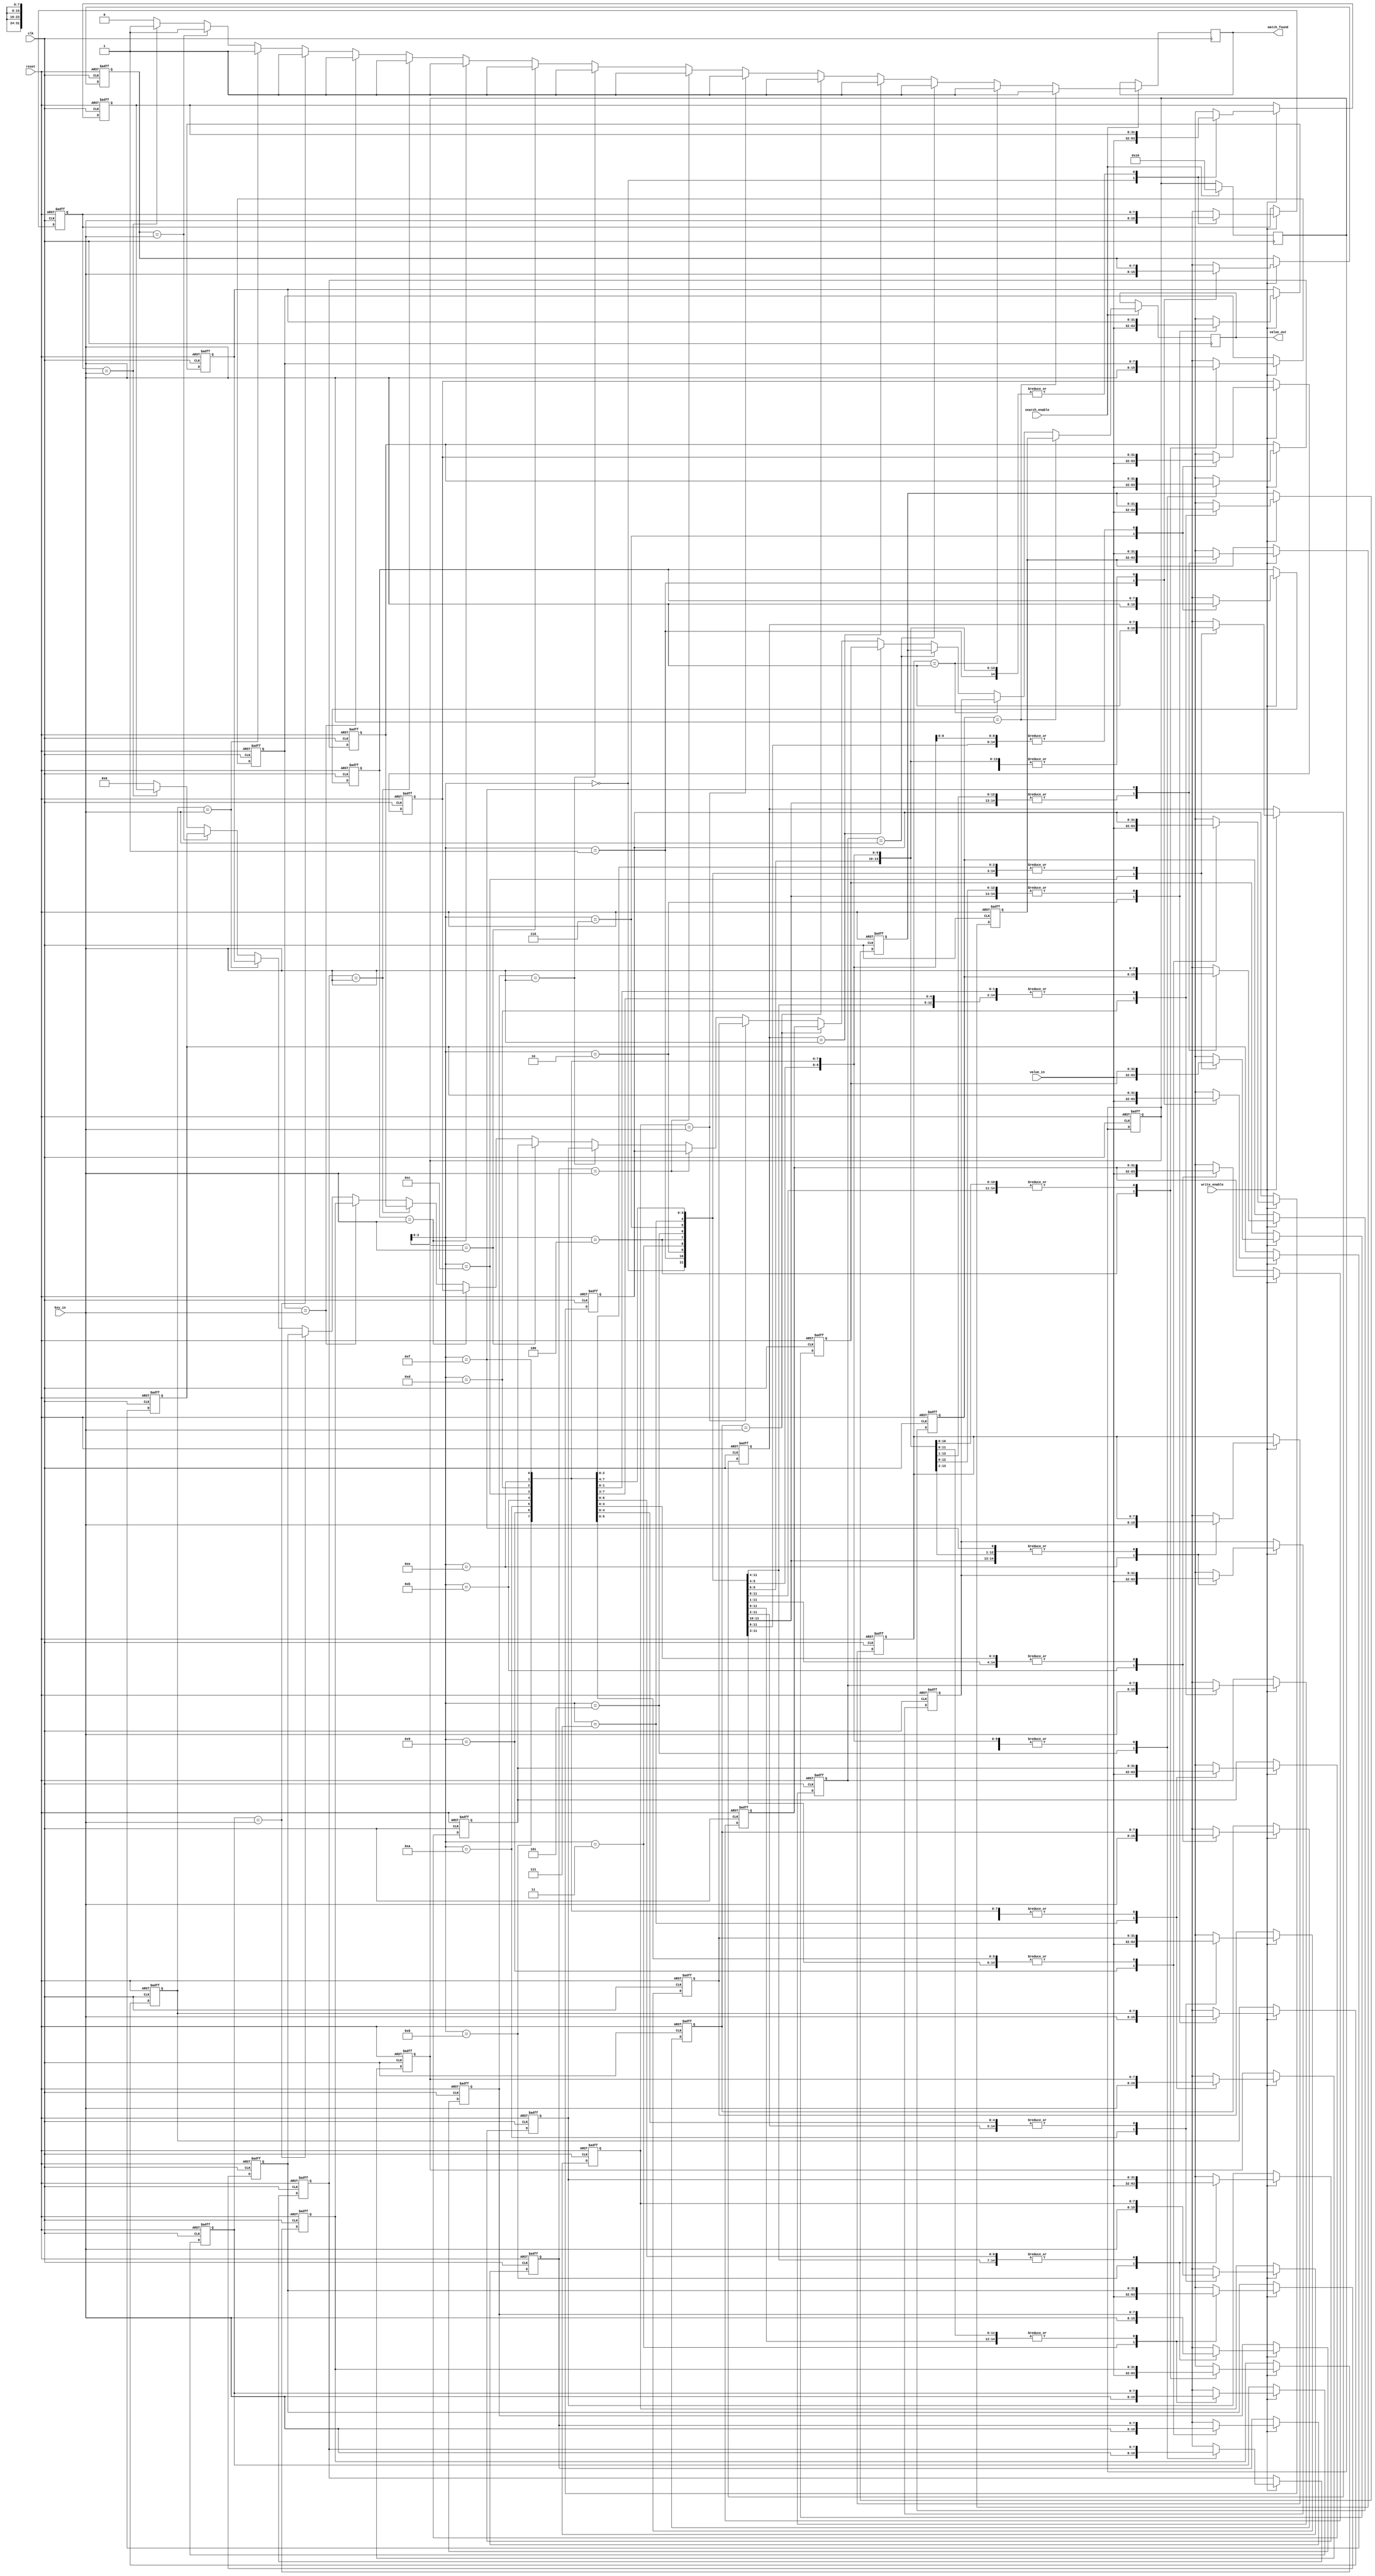
module hybrid_cam #(
    parameter NUM_ROWS = 16,      // Number of entries in CAM
    parameter KEY_WIDTH = 8,      // Width of keys
    parameter VALUE_WIDTH = 32     // Width of values
)(
    input wire clk,
    input wire reset,
    input wire [KEY_WIDTH-1:0] key_in,
    input wire [VALUE_WIDTH-1:0] value_in,
    input wire write_enable,
    input wire search_enable,
    output reg [VALUE_WIDTH-1:0] value_out,
    output reg match_found
);

    // CAM structure: An array of keys and values
    reg [KEY_WIDTH-1:0] cam_keys [0:NUM_ROWS-1];      // Key storage
    reg [VALUE_WIDTH-1:0] cam_values [0:NUM_ROWS-1];   // Value storage
    reg [NUM_ROWS-1:0] match_line;                      // Match line for search results

    integer i;

    // Initializing CAM
    initial begin
        for (i = 0; i < NUM_ROWS; i = i + 1) begin
            cam_keys[i] = 0;
            cam_values[i] = 0;
        end
    end

    // Write operation
    always @(posedge clk or posedge reset) begin
        if (reset) begin
            // Reset CAM
            for (i = 0; i < NUM_ROWS; i = i + 1) begin
                cam_keys[i] = 0;
                cam_values[i] = 0;
            end
        end else if (write_enable) begin
            // Write new key-value pair
            cam_keys[i] = key_in;
            cam_values[i] = value_in;
        end
    end

    // Search operation
    always @(posedge clk) begin
        if (search_enable) begin
            match_found = 0;  // Reset match found flag
            value_out = 0;    // Reset output value
            match_line = 0;    // Reset match line
            for (i = 0; i < NUM_ROWS; i = i + 1) begin
                if (cam_keys[i] == key_in) begin
                    match_found = 1;
                    value_out = cam_values[i]; // Retrieve corresponding value
                    match_line[i] = 1;         // Update match line
                end
            end
        end
    end

endmodule